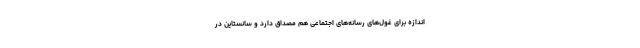
اندازه برای غول‌های رسانه‌های اجتماعی‌ هم مصداق دارد و سانستاین در